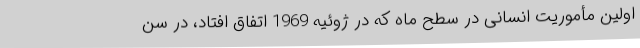
اولین مأموریت انسانی در سطح ماه که در ژوئیه 1969 اتفاق افتاد، در سن